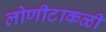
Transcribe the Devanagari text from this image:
लोणीटाकळी